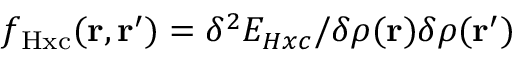
f _ { \mathrm { H x c } } ( \mathbf { r } , \mathbf { r } ^ { \prime } ) = \delta ^ { 2 } E _ { H x c } / \delta \rho ( \mathbf { r } ) \delta \rho ( \mathbf { r } ^ { \prime } )